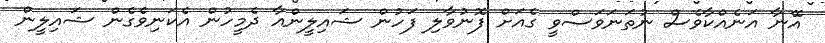
އޭނާ އަނެއްކާވެސް ނުތަނަވަސްވީ ގެއަށް ފޮނުވާލި ފަހުން ޝައިލީންއާ ދެމީހުން އެކަނިވެގެން ޝައިލީން